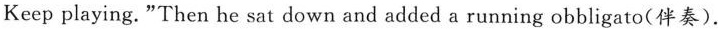
Keep playing."Then he sat down and added a running obbligato(伴奏).